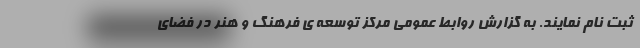
ثبت نام نمایند. به گزارش روابط عمومی مرکز توسعه ی فرهنگ و هنر در فضای